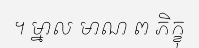
។ ម្នាល មាណ ព ភិក្ខុ